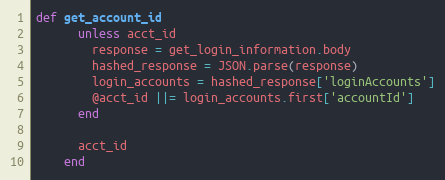
Language: Ruby
def get_account_id
      unless acct_id
        response = get_login_information.body
        hashed_response = JSON.parse(response)
        login_accounts = hashed_response['loginAccounts']
        @acct_id ||= login_accounts.first['accountId']
      end

      acct_id
    end